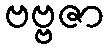
ဗဗ္ဗဇာ